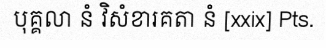
បុគ្គលា នំ វិសំខារគតា នំ [xxix] Pts.